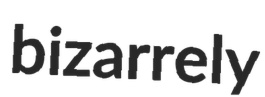
bizarrely